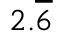
2 . { \overline { { 6 } } }